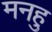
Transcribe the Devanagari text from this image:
मनहु